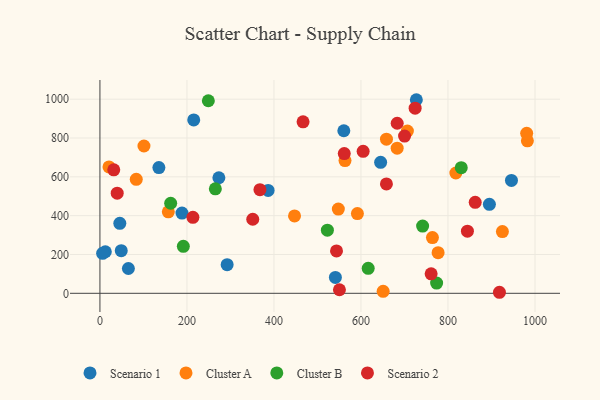
{"axis": {"x": "Investment", "y": "Rating"}, "legend": ["Cluster A", "Cluster B", "Scenario 1", "Scenario 2"], "data": [{"x": "135.5", "y": 647.9, "type": "Scenario 1"}, {"x": "895.2", "y": 458.4, "type": "Scenario 1"}, {"x": "12.4", "y": 214.0, "type": "Scenario 1"}, {"x": "541.2", "y": 81.6, "type": "Scenario 1"}, {"x": "45.7", "y": 360.5, "type": "Scenario 1"}, {"x": "386.6", "y": 530.0, "type": "Scenario 1"}, {"x": "292.4", "y": 147.3, "type": "Scenario 1"}, {"x": "215.6", "y": 893.1, "type": "Scenario 1"}, {"x": "560.6", "y": 837.5, "type": "Scenario 1"}, {"x": "945.9", "y": 581.5, "type": "Scenario 1"}, {"x": "645.2", "y": 674.6, "type": "Scenario 1"}, {"x": "273.4", "y": 595.3, "type": "Scenario 1"}, {"x": "727.3", "y": 997.3, "type": "Scenario 1"}, {"x": "49.0", "y": 219.7, "type": "Scenario 1"}, {"x": "6.2", "y": 206.1, "type": "Scenario 1"}, {"x": "65.4", "y": 127.8, "type": "Scenario 1"}, {"x": "188.6", "y": 413.1, "type": "Scenario 1"}, {"x": "591.8", "y": 410.7, "type": "Cluster A"}, {"x": "651.0", "y": 10.2, "type": "Cluster A"}, {"x": "101.2", "y": 758.9, "type": "Cluster A"}, {"x": "982.5", "y": 785.7, "type": "Cluster A"}, {"x": "683.2", "y": 747.7, "type": "Cluster A"}, {"x": "777.3", "y": 209.3, "type": "Cluster A"}, {"x": "925.1", "y": 318.0, "type": "Cluster A"}, {"x": "20.8", "y": 651.2, "type": "Cluster A"}, {"x": "980.9", "y": 824.2, "type": "Cluster A"}, {"x": "563.3", "y": 683.9, "type": "Cluster A"}, {"x": "548.0", "y": 433.9, "type": "Cluster A"}, {"x": "658.6", "y": 794.0, "type": "Cluster A"}, {"x": "83.5", "y": 587.2, "type": "Cluster A"}, {"x": "818.1", "y": 619.9, "type": "Cluster A"}, {"x": "157.2", "y": 420.0, "type": "Cluster A"}, {"x": "447.3", "y": 398.5, "type": "Cluster A"}, {"x": "764.3", "y": 287.2, "type": "Cluster A"}, {"x": "706.7", "y": 836.0, "type": "Cluster A"}, {"x": "830.5", "y": 647.2, "type": "Cluster B"}, {"x": "773.9", "y": 52.7, "type": "Cluster B"}, {"x": "616.6", "y": 128.8, "type": "Cluster B"}, {"x": "162.6", "y": 463.9, "type": "Cluster B"}, {"x": "191.7", "y": 241.8, "type": "Cluster B"}, {"x": "265.3", "y": 538.4, "type": "Cluster B"}, {"x": "522.8", "y": 325.2, "type": "Cluster B"}, {"x": "741.7", "y": 346.4, "type": "Cluster B"}, {"x": "249.2", "y": 992.1, "type": "Cluster B"}, {"x": "683.3", "y": 876.0, "type": "Scenario 2"}, {"x": "658.5", "y": 563.3, "type": "Scenario 2"}, {"x": "918.3", "y": 5.3, "type": "Scenario 2"}, {"x": "700.2", "y": 810.1, "type": "Scenario 2"}, {"x": "351.3", "y": 381.6, "type": "Scenario 2"}, {"x": "862.6", "y": 468.9, "type": "Scenario 2"}, {"x": "466.9", "y": 883.3, "type": "Scenario 2"}, {"x": "39.7", "y": 515.6, "type": "Scenario 2"}, {"x": "724.5", "y": 953.9, "type": "Scenario 2"}, {"x": "844.7", "y": 320.3, "type": "Scenario 2"}, {"x": "31.8", "y": 636.1, "type": "Scenario 2"}, {"x": "561.6", "y": 720.1, "type": "Scenario 2"}, {"x": "367.8", "y": 533.7, "type": "Scenario 2"}, {"x": "605.0", "y": 731.5, "type": "Scenario 2"}, {"x": "543.8", "y": 218.3, "type": "Scenario 2"}, {"x": "213.7", "y": 391.2, "type": "Scenario 2"}, {"x": "550.5", "y": 18.3, "type": "Scenario 2"}, {"x": "761.3", "y": 100.3, "type": "Scenario 2"}]}